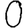
Digit: 0